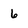
Character: 6